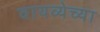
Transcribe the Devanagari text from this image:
वायव्येच्या